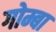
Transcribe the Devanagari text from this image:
गोम्बा